Cholera in India, 1862 to 1881
Year: 1862
Disease focus: Cholera
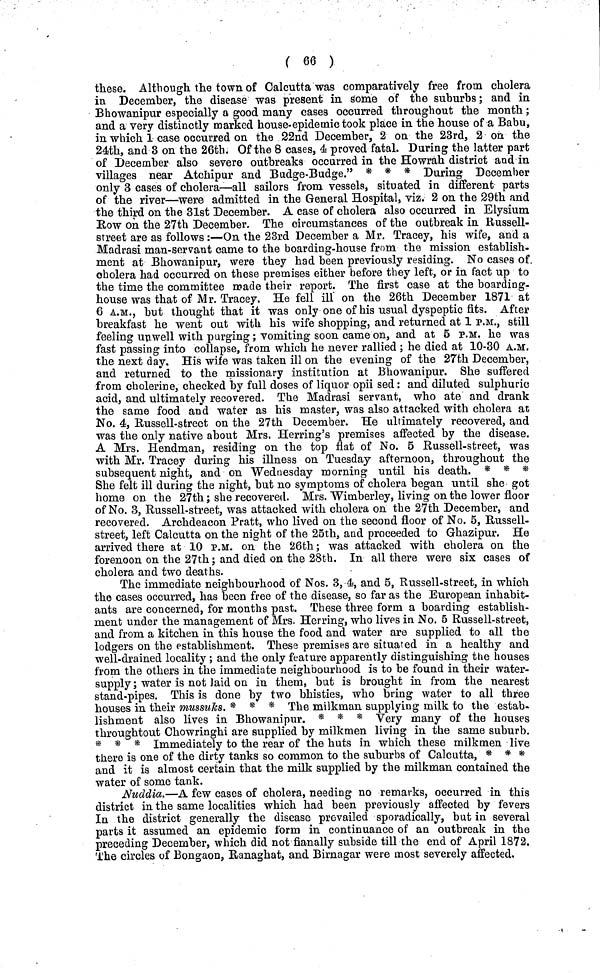
( 66 )
these. Although the town of Calcutta was comparatively free from cholera
in December, the disease was present in some of the suburbs; and in
Bhowanipur especially a good many cases occurred throughout the month;
and a very distinctly marked house-epidemic took place in the house of a Babu,
in which 1 case occurred on the 22nd December, 2 on the 23rd, 2 on the
24th, and 3 on the 26th. Of the 8 cases, 4 proved fatal. During the latter part
of December also severe outbreaks occurred in the Howrah district and in
villages near Atchipur and Budge-Budge." * * * During December
only 3 cases of cholera—all sailors from vessels, situated in different parts
of the river—were admitted in the General Hospital, viz. 2 on the 29th and
the third on the 31st December. A case of cholera also occurred in Elysium
Row on the 27th December. The circumstances of the outbreak in Russell-
street are as follows :—On the 23rd December a Mr. Tracey, his wife, and a
Madrasi man-servant came to the boarding-house from the mission establish-
ment at Bhowanipur, were they had been previously residing. No cases of
cholera had occurred on these premises either before they left, or in fact up to
the time the committee made their report. The first case at the boarding-
house was that of Mr. Tracey, He fell ill on the 26th December 1871 at
6 A.M., but thought that it was only one of his usual dyspeptic fits. After
breakfast he went out with his wife shopping, and returned at 1 P.M., still
feeling unwell with purging; vomiting soon came on, and at 5 P.M. he was
fast passing into collapse, from which he never rallied ; he died at 10-30 A.M.
the next day. His wife was taken ill on the evening of the 27th December,
and returned to the missionary institution at Bhowanipur. She suffered
from cholerine, checked by full doses of liquor opii sed: and diluted sulphuric
acid, and ultimately recovered. The Madrasi servant, who ate and drank
the same food and water as his master, was also attacked with cholera at
No. 4, Russell-street on the 27th December. He ultimately recovered, and
was the only native about Mrs. Herring's premises affected by the disease.
A Mrs. Hendman, residing on the top flat of No. 5 Russell-street, was
with Mr. Tracey during his illness on Tuesday afternoon, throughout the
subsequent night, and on Wednesday morning until his death. * * *
She felt ill during the night, but no symptoms of cholera began until she got
home on the 27th; she recovered. Mrs. Wimberley, living on the lower floor
of No. 3, Russell-street, was attacked with cholera on the 27th December, and
recovered. Archdeacon Pratt, who lived on the second floor of No. 5, Russell-
street, left Calcutta on the night of the 25th, and proceeded to Ghazipur. He
arrived there at 10 P.M. on the 26th; was attacked with cholera on the
forenoon on the 27th; and died on the 28th. In all there were six cases of
cholera and two deaths.
The immediate neighbourhood of Nos. 3, 4, and 5, Russell-street, in which
the cases occurred, has been free of the disease, so far as the European inhabit-
ants are concerned, for months past. These three form a boarding establish-
ment under the management of Mrs. Herring, who lives in No. 5 Russell-street,
and from a kitchen in this house the food and water are supplied to all the
lodgers on the establishment. These premises are situated in a healthy and
well-drained locality; and the only feature apparently distinguishing the houses
from the others in the immediate neighbourhood is to be found in their water-
supply ; water is not laid on in them, but is brought in from the nearest
stand-pipes. This is done by two bhisties, who bring water to all three
houses in their mussuks. * * * The milkman supplying milk to the estab-
lishment also lives in Bhowanipur. * * * Very many of the houses
throughtout Chowringhi are supplied by milkmen living in the same suburb.
* * * Immediately to the rear of the huts in which these milkmen live
there is one of the dirty tanks so common to the suburbs of Calcutta, * * *
and it is almost certain that the milk supplied by the milkman contained the
water of some tank.
Nuddia.—A few cases of cholera, needing no remarks, occurred in this
district in the same localities which had been previously affected by fevers
In the district generally the disease prevailed sporadically, but in several
parts it assumed an epidemic form in continuance of an outbreak in the
preceding December, which did not finally subside till the end of April 1872,
The circles of Bongaon, Ranaghat, and Birnagar were most severely affected.